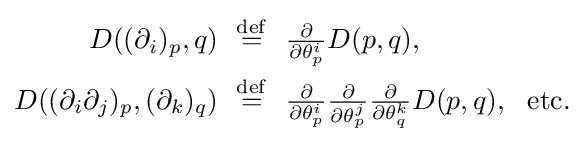
{\begin{aligned}D((\partial _{i})_{p},q)\ \ &{\stackrel {\mathrm {def} }{=}}\ \ {\tfrac {\partial }{\partial \theta _{p}^{i}}}D(p,q),\\D((\partial _{i}\partial _{j})_{p},(\partial _{k})_{q})\ \ &{\stackrel {\mathrm {def} }{=}}\ \ {\tfrac {\partial }{\partial \theta _{p}^{i}}}{\tfrac {\partial }{\partial \theta _{p}^{j}}}{\tfrac {\partial }{\partial \theta _{q}^{k}}}D(p,q),\ \ \mathrm {etc.} \end{aligned}}